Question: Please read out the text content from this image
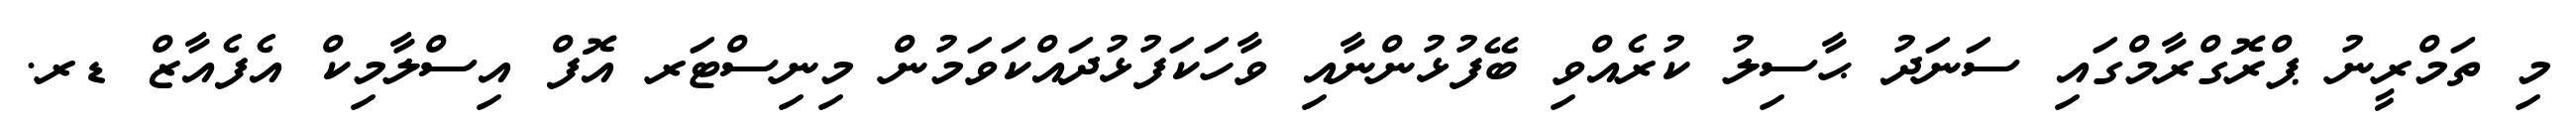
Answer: މި ތަމްރީނު ޕްރޮގްރާމްގައި ސަނަދު ޙާސިލު ކުރެއްވި ބޭފުޅުންނާއި ވާހަކަފުޅުދައްކަވަމުން މިނިސްޓަރ އޮފް އިސްލާމިކް އެފެއާޒް ޑރ.